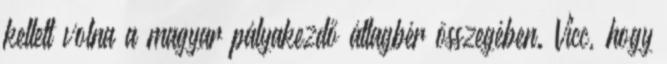
kellett volna a magyar pályakezdő átlagbér összegében. Vicc, hogy